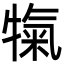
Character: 犔